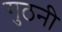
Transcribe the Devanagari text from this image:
गुठनी